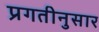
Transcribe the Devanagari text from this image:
प्रगतीनुसार